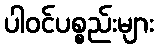
ပါဝင်ပစ္စည်းများ